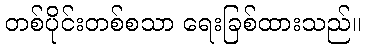
တစ်ပိုင်းတစ်စသာ ရေးခြစ်ထားသည်။